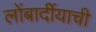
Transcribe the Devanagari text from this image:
लोंबार्दीयाची